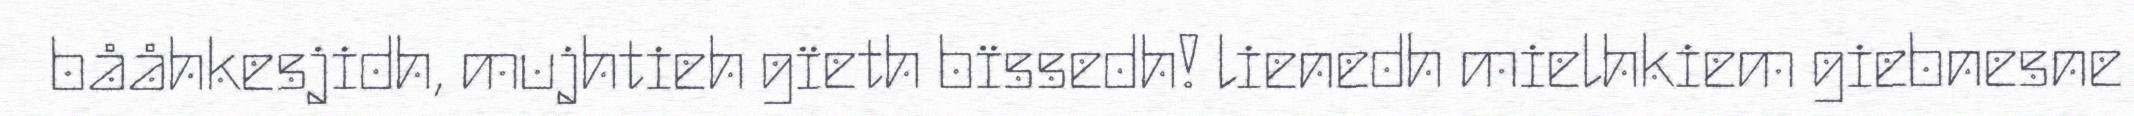
bååhkesjidh, mujhtieh gïeth bïssedh! lienedh mielhkiem giebnesne